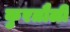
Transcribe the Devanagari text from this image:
कुरतौली